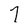
Character: 7